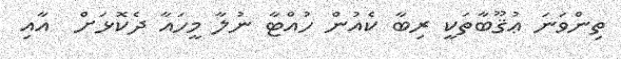
ތިންވަނަ ޢުޤޫބާތަކީ ރިބާ ކެއުން ހުއްޓާ ނުލާ މީހައާ ދެކޮޅަށް  އާއި